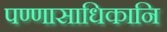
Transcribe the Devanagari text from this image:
पण्णासाधिकानि